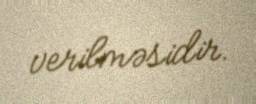
verilməsidir.